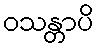
ဝသန္တာပိ